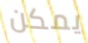
يمكن